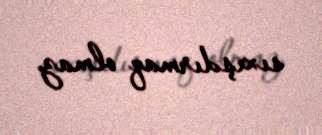
sıxışdırmaq olmaz.